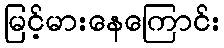
မြင့်မားနေကြောင်း